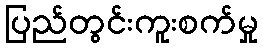
ပြည်တွင်းကူးစက်မှု